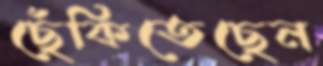
ছেঁকিতেছেন